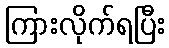
ကြားလိုက်ရပြီး